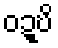
ဝဍ္ဎိ